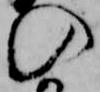
の